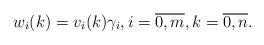
LaTeX: \begin{align*}w_i(k)=v_i(k)\gamma_i,i =\overline{0,m},k =\overline{0,n}.\end{align*}